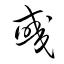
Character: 彧